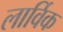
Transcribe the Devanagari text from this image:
लार्विक